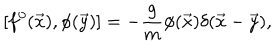
LaTeX: [ f ^ { 0 } ( \vec { x } ) , \phi ( \vec { y } ) ] = - \frac { g } { m } \phi ( \vec { x } ) \delta ( \vec { x } - \vec { y } ) ,